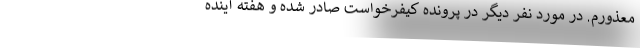
معذورم. در مورد نفر دیگر در پرونده کیفرخواست صادر شده و هفته آینده